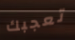
تعجبك